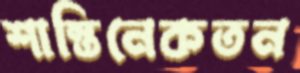
শান্তিনেকতন